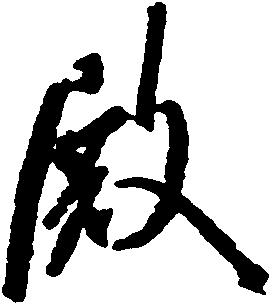
殿